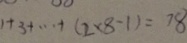
1 + 3 + \cdots + ( 2 \times 8 - 1 ) = 7 8